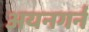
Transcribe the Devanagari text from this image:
अयनगर्न